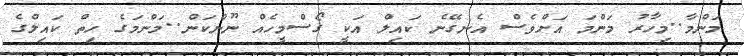
މަންމާ..މިހާރު މަންމަ އަށްވެސް އެނގޭނެ ކައިލް އަކީ ގޯސްމީހެއް ނޫންކަން..މަންމަގެ ހިތް ކައިލްގެ